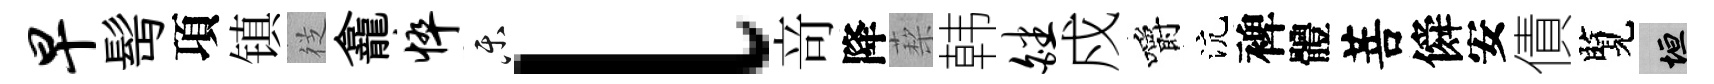
早髩項镇徔龕悴乐l竒降蔾韩皤戍嚼沆裨體菩僢安債覽垣